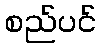
စည်ပင်